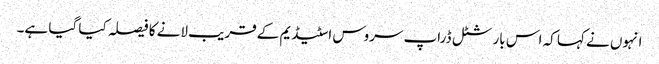
انہوں نے کہا کہ اس بار شٹل ڈراپ سروس اسٹیڈیم کے قریب لانے کا فیصلہ کیا گیا ہے۔